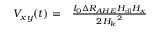
\begin{array} { r l } { V _ { x y } ( t ) = } & { { } \frac { I _ { 0 } \Delta R _ { A H E } H _ { \mathrm { d l } } H _ { x } } { 2 { H _ { k } } ^ { 2 } } } \end{array}